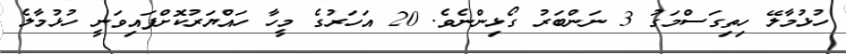
ހުޅުމާލޭ ހިތިގަސްމަގު 3 ނަންބަރު ގޯޅިންނެވެ. 20 އަހަރުގެ މީހާ ހައްޔަރުކޮށްފައިވަނީ ހުޅުމާލެ